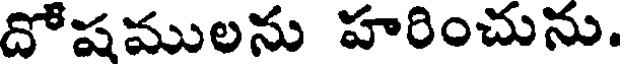
దోషములను హరించును.